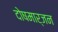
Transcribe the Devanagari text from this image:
दोषमार्जन